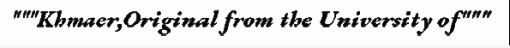
"""Khmaer,Original from the University of"""